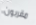
مقربون